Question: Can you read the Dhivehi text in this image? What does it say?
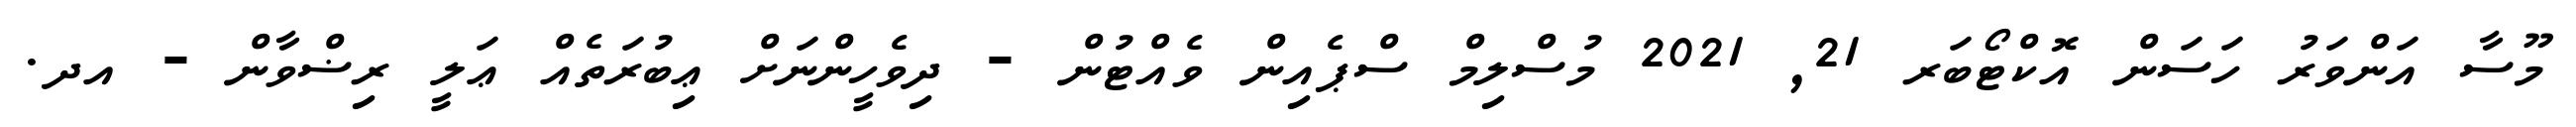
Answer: މޫސާ އަންވަރު ހަސަން އޮކްޓޯބަރ 21, 2021 މުސްލިމް ސްޕެއިން ވެއްޓުން - ދިވެހީންނަށް ޢިބުރަތެއް ޢަލީ ރިޟްވާން - އދ.